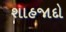
શાહજાદો